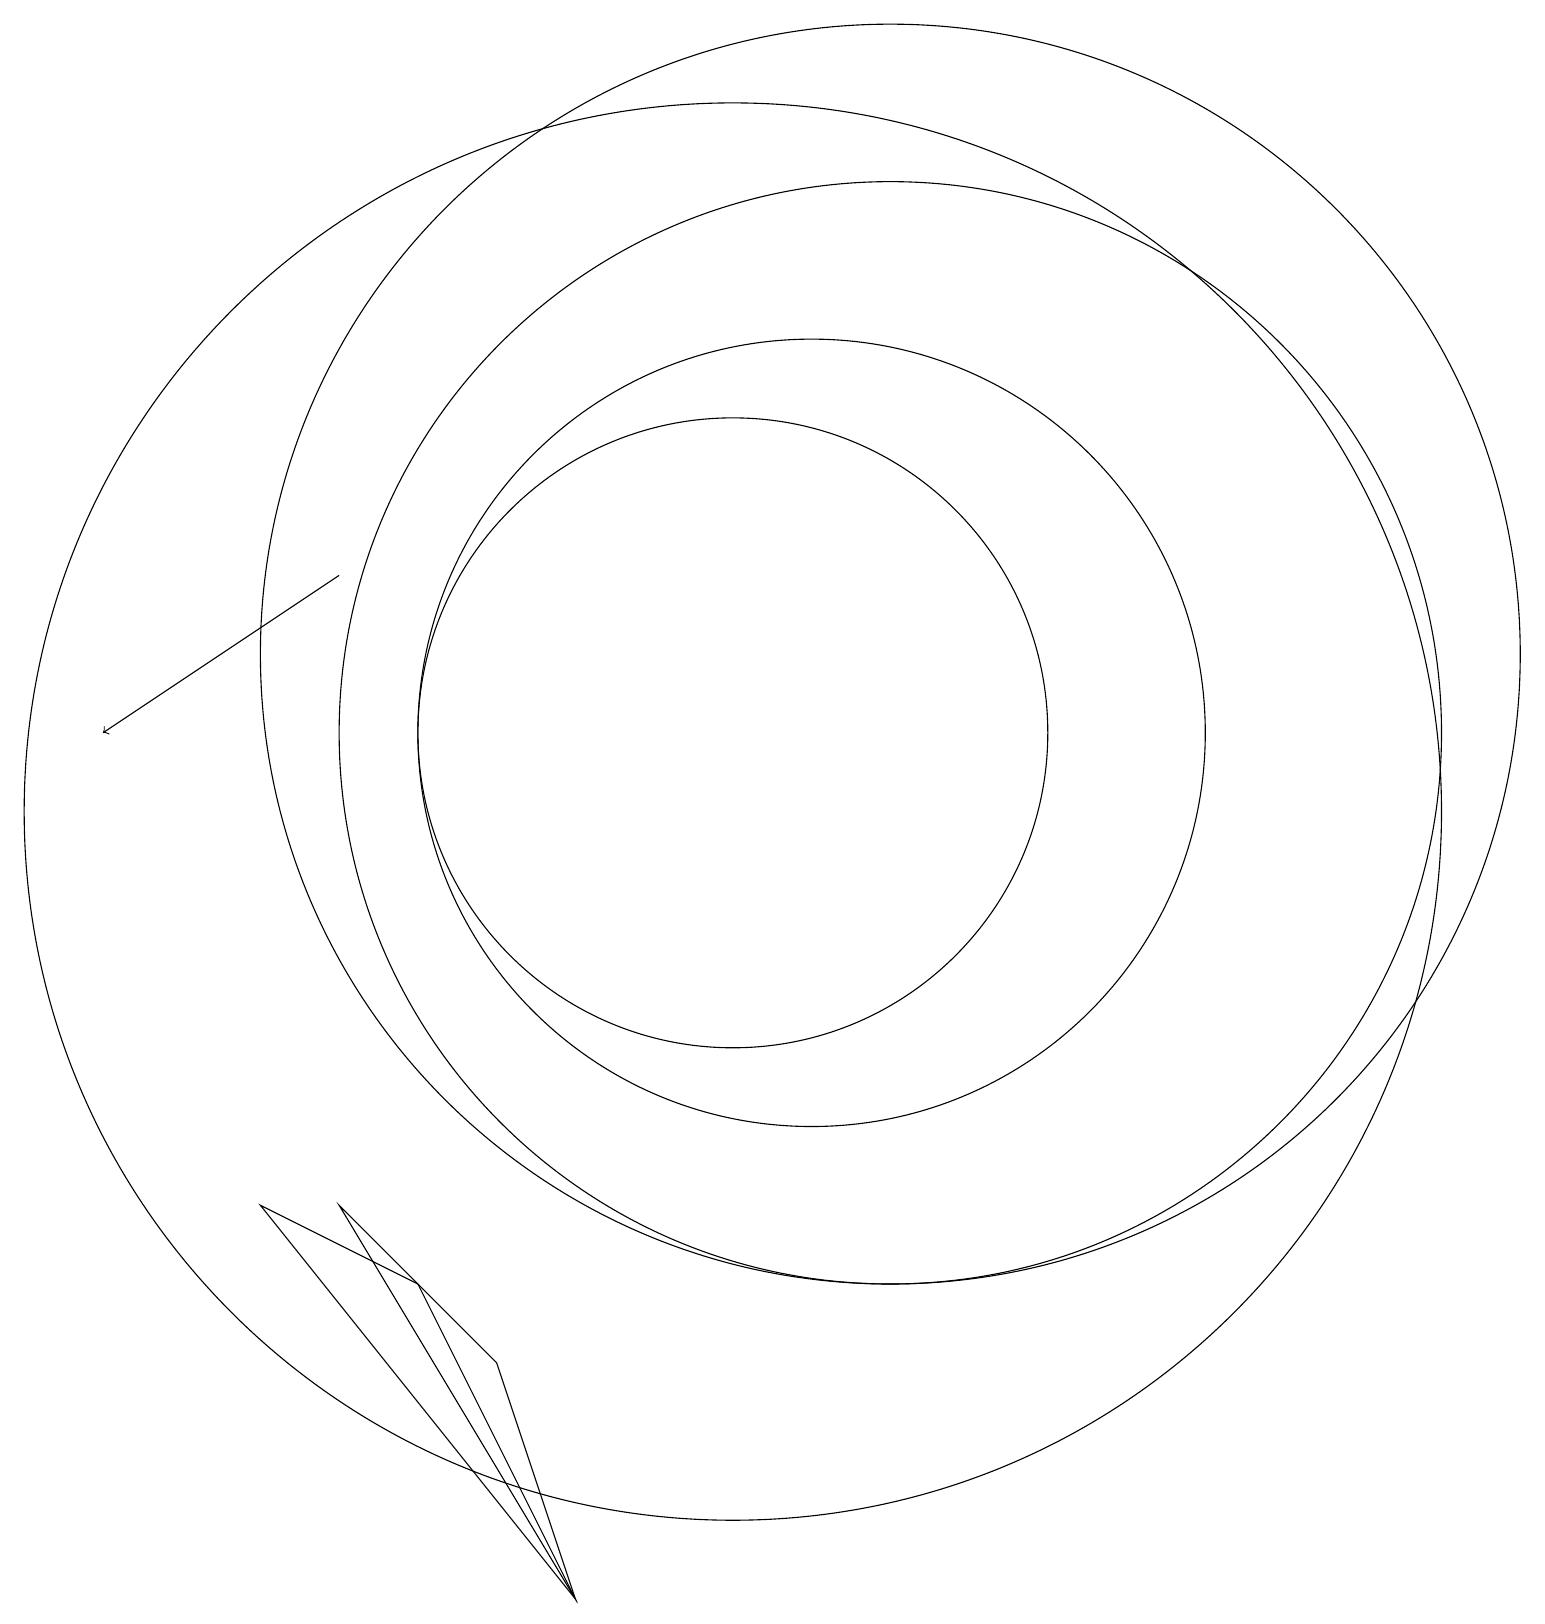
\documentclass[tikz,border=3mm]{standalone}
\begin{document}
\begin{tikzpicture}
\draw (11,11) circle (5);
\draw (10,10) circle (9);
\draw (12,11) circle (7);
\draw (8,0) -- (4,5) -- (6,4) -- cycle;
\draw (10,11) circle (4);
\draw[->] (5,13) -- (2,11);
\draw (8,0) -- (5,5) -- (7,3) -- cycle;
\draw (12,12) circle (8);
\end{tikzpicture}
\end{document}